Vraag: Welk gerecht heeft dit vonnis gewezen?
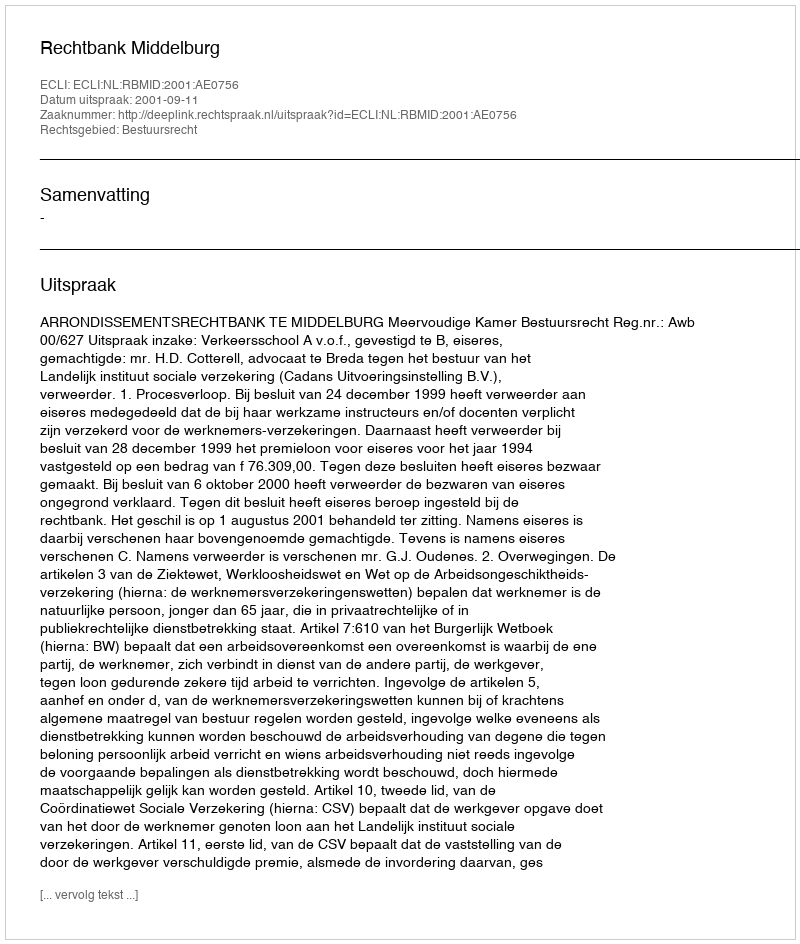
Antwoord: Rechtbank Middelburg